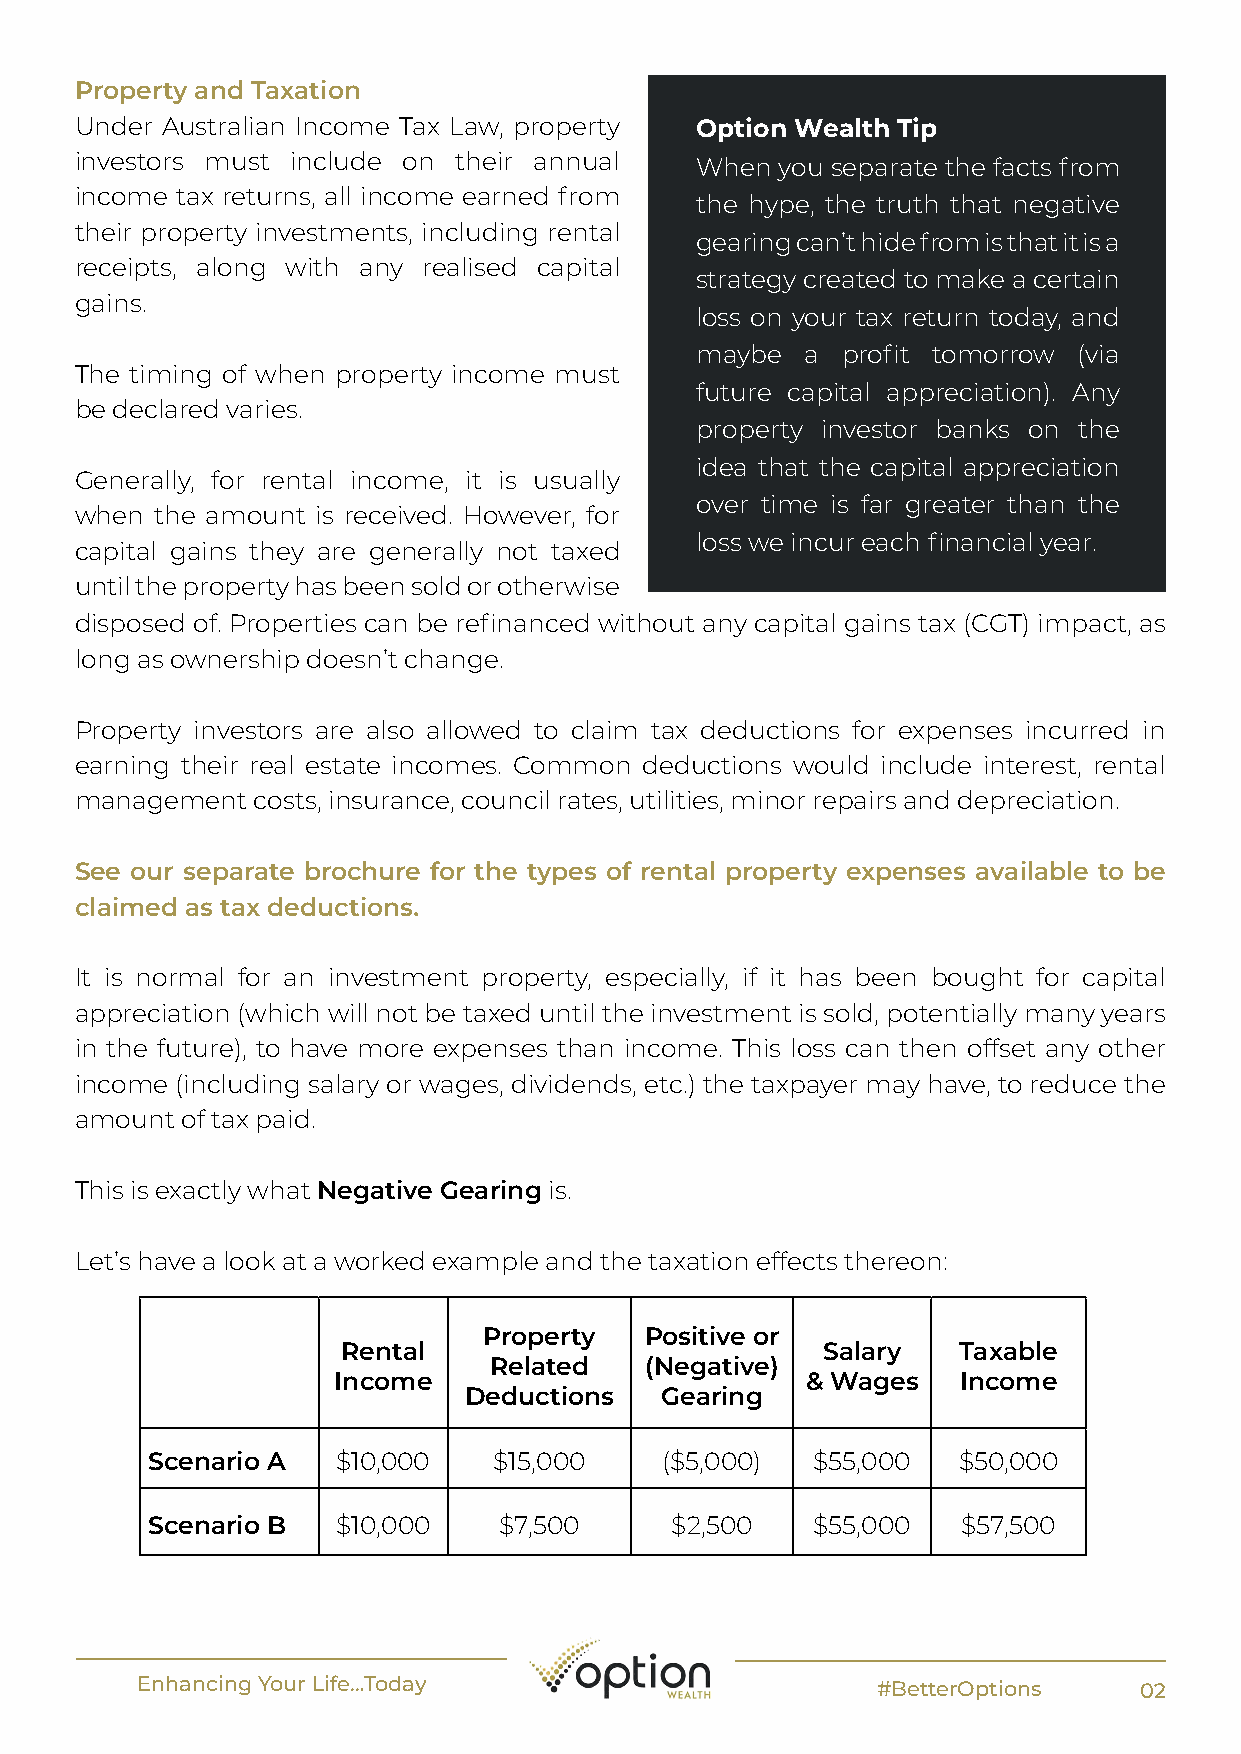
Property and Taxation
 Under Australian Income Tax Law, property Option Wealth Tip
 investors must include on their annual   When  you separate the facts from
 income tax returns, all income earned from
 the hype, the truth that negative
 their property investments, including rental
 gearing can’t hide from is that it is a
 receipts, along with any realised capital
 strategy created to make a certain
 gains.
 loss on your tax return today, and
 maybe  a  profit tomorrow (via
 The timing of when property income must
 future capital appreciation). Any
 be declared varies.
 property investor banks on the
 idea that the capital appreciation
 Generally, for rental income, it is usually
 over time is far greater than the
 when the amount is received. However, for
 loss we incur each financial year.
 capital gains they are generally not taxed
 until the property has been sold or otherwise
 disposed of. Properties can be refinanced without any capital gains tax (CGT) impact, as
 long as ownership doesn’t change.
 Property investors are also allowed to claim tax deductions for expenses incurred in
 earning their real estate incomes. Common deductions would include interest, rental
 management  costs, insurance, council rates, utilities, minor repairs and depreciation.
 See our separate brochure for the types of rental property expenses available to be
 claimed as tax deductions.
 It is normal for an investment property, especially, if it has been bought for capital
 appreciation (which will not be taxed until the investment is sold, potentially many years
 in the future), to have more expenses than income. This loss can then offset any other
 income (including salary or wages, dividends, etc.) the taxpayer may have, to reduce the
 amount of tax paid.
 This is exactly what Negative Gearing is.
 Let’s have a look at a worked example and the taxation effects thereon:
 Property   Positive or
 Rental                         Salary   Taxable
 Related    (Negative)
 Income                         & Wages   Income
 Deductions   Gearing
 Scenario A  $10,000    $15,000    ($5,000)  $55,000  $50,000
 Scenario B  $10,000    $7,500     $2,500    $55,000   $57,500
 Enhancing Your Life…Today                        #BetterOptions   02